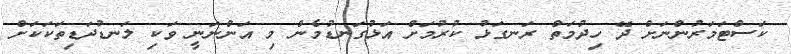
ކަސްޓަމަރުންނަށް ދޭ ހިދުމަތް ރަނގަޅު ކުރުމަށް އަޅުގަނޑުމެން މި އަންނަނީ ވަކި ލަނޑުދަޑިތަކަކަށް